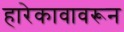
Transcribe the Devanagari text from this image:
हारेकावावरून